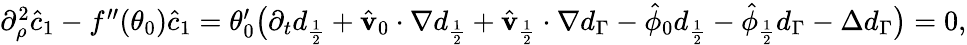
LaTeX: \begin{array}{r}{\partial_{\rho}^{2}\hat{c}_{1}-f^{\prime\prime}(\theta_{0})\hat{c}_{1}=\theta_{0}^{\prime}\big(\partial_{t}d_{\frac{1}{2}}+\hat{\mathbf{v}}_{0}\cdot\nabla d_{\frac{1}{2}}+\hat{\mathbf{v}}_{\frac{1}{2}}\cdot\nabla d_{\Gamma}-\hat{\phi}_{0}d_{\frac{1}{2}}-\hat{\phi}_{\frac{1}{2}}d_{\Gamma}-\Delta d_{\Gamma}\big)=0,}\end{array}